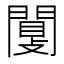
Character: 闅